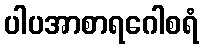
ပါပအာစာရဂေါစရံ